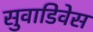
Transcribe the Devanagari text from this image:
सुवाडिवेस